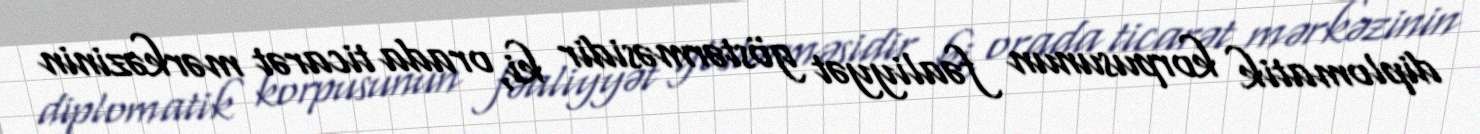
diplomatik korpusunun fəaliyyət göstərməsidir ki, orada ticarət mərkəzinin